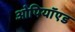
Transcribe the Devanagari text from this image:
ओपियॉएड